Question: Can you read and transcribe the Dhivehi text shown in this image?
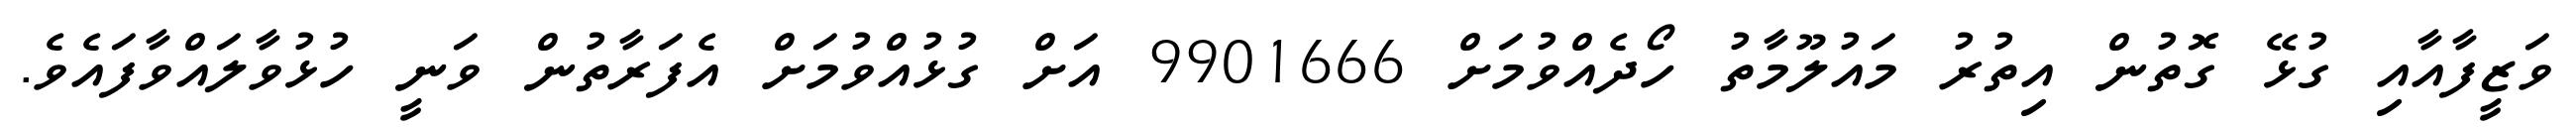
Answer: ވަޒީފާއާއި ގުޅޭ ގޮތުން އިތުރު މައުލޫމާތު ހޯދެއްވުމަށް 9901666 އަށް ގުޅުއްވުމަށް އެފަރާތުން ވަނީ ހުޅުވާލައްވާފައެވެ.